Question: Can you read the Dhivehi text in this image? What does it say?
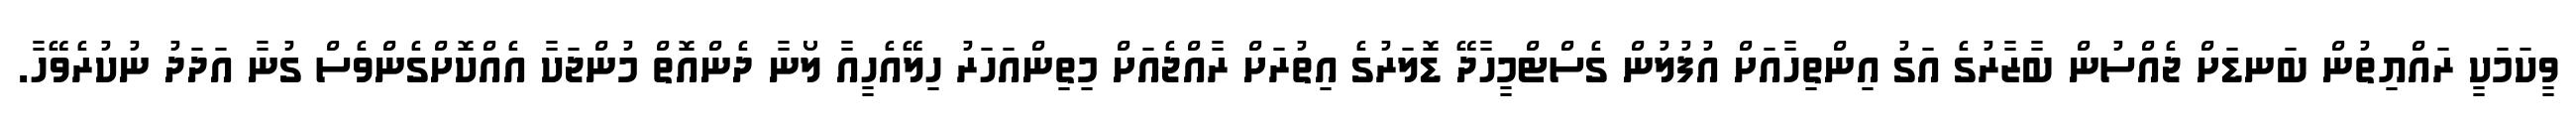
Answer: ވީކަމަކީ ރައްޔިތުން ބަނޑަށް ޖެއްސުން ބާޒާރުގެ އަގު އިންތިހާއަށް އުފުލުން ގެސްޓްމީހާދޭ ޑޮލަރުގެ އިތުރަށް ރާއްޖެއަށް މިތިންއަހަރު ހިލޭއެހީއާ ލޯނާ ދެންއޮތް މުންޖަކާ އެއްކޮށްގެންވެސް ގުނާ އަދަދު ނުކުރެވޭހާ.